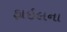
ફાઇલના